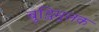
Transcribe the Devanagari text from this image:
बुद्धिमूलक